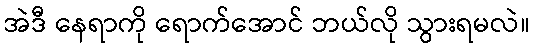
အဲဒီ နေရာကို ရောက်အောင် ဘယ်လို သွားရမလဲ။